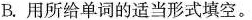
B.用所给单词的适当形式填空.